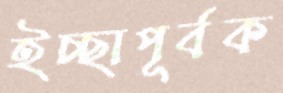
ইচ্ছাপূর্বক